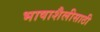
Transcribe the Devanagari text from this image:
भाषाशैलीसाठी